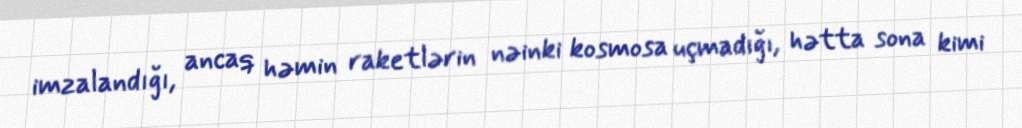
imzalandığı, ancaq həmin raketlərin nəinki kosmosa uçmadığı, hətta sona kimi